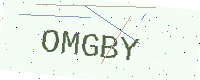
Text: OMGBY